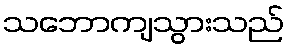
သဘောကျသွားသည်